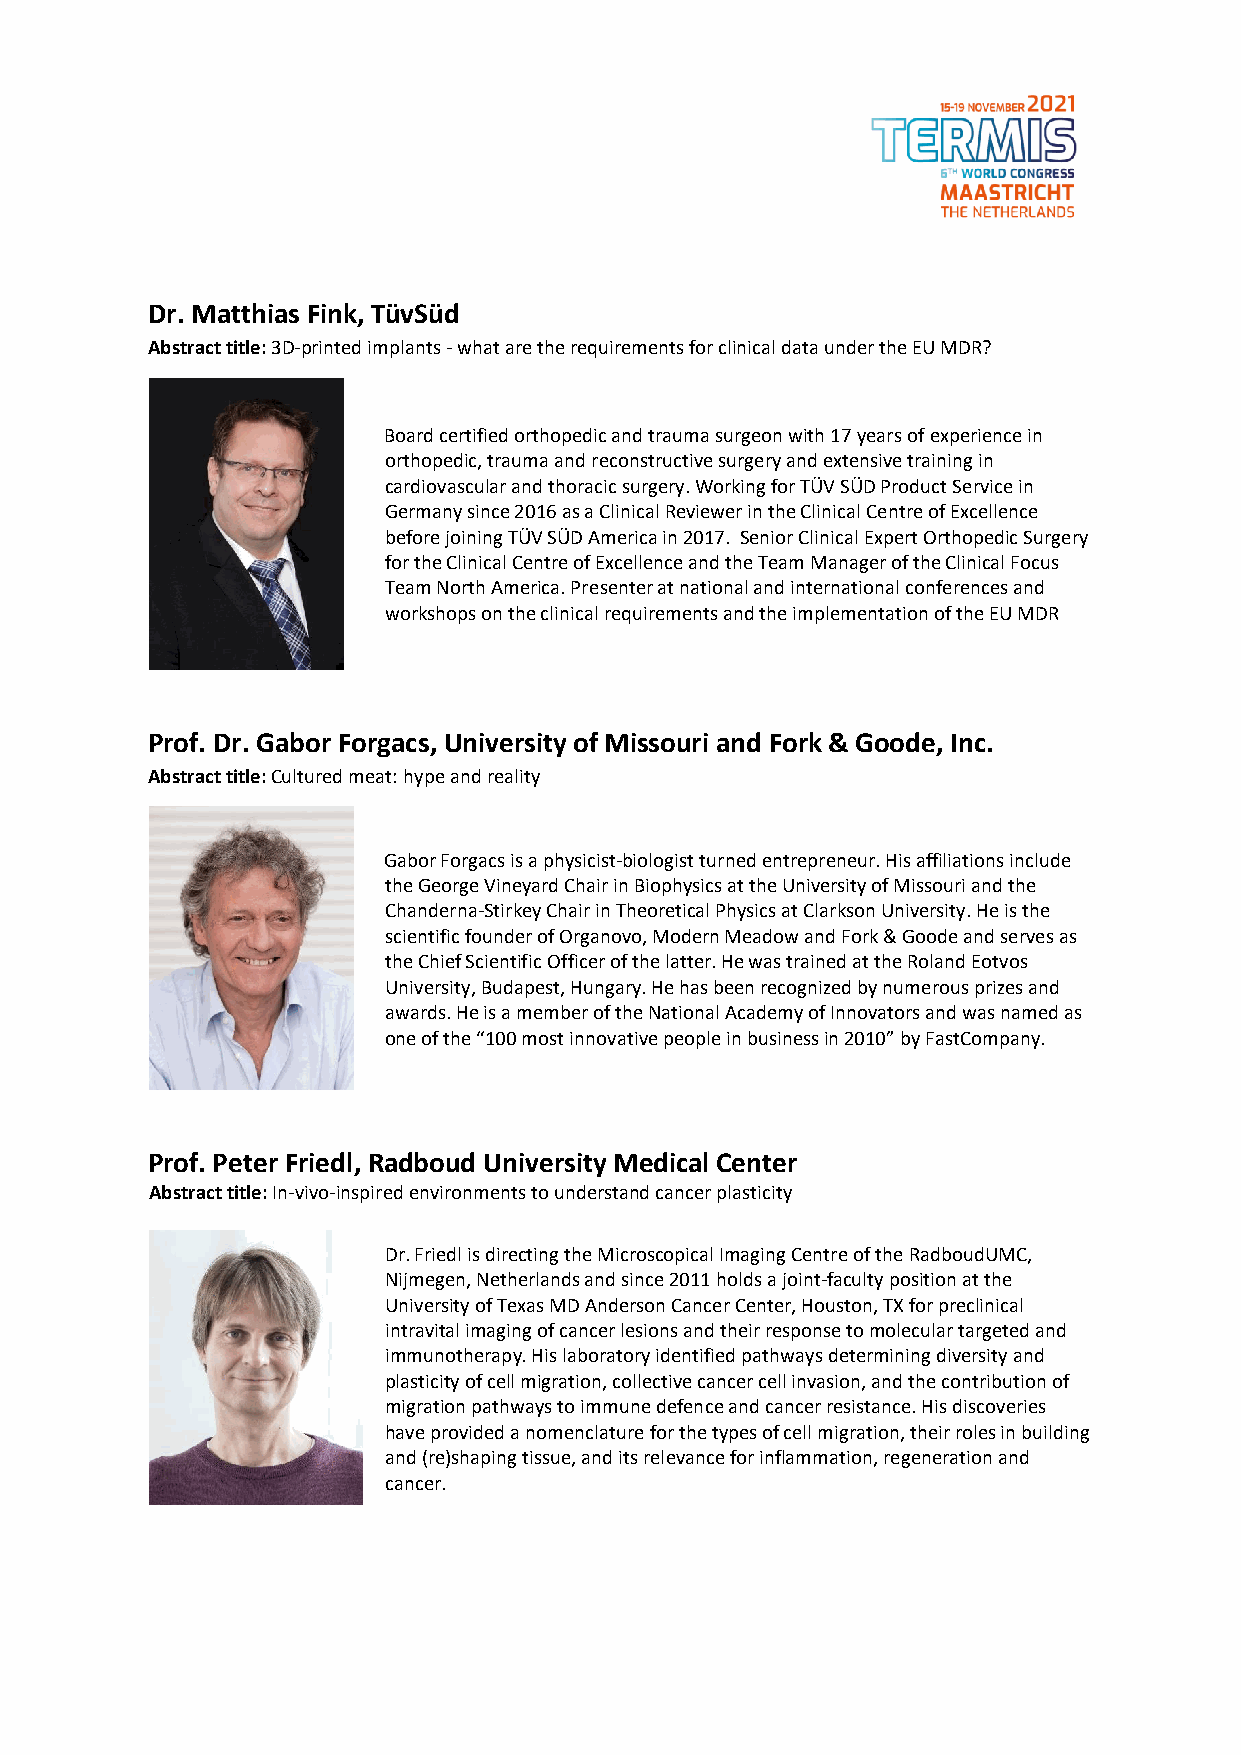
Dr. Matthias Fink, TüvSüd
 Abstract title: 3D-printed implants - what are the requirements for clinical data under the EU MDR?
 Board certified orthopedic and trauma surgeon with 17 years of experience in
 orthopedic, trauma and reconstructive surgery and extensive training in
 cardiovascular and thoracic surgery. Working for TÜV SÜD Product Service in
 Germany since 2016 as a Clinical Reviewer in the Clinical Centre of Excellence
 before joining TÜV SÜD America in 2017. Senior Clinical Expert Orthopedic Surgery
 for the Clinical Centre of Excellence and the Team Manager of the Clinical Focus
 Team North America. Presenter at national and international conferences and
 workshops on the clinical requirements and the implementation of the EU MDR
 Prof. Dr. Gabor Forgacs, University of Missouri and Fork & Goode, Inc.
 Abstract title: Cultured meat: hype and reality
 Gabor Forgacs is a physicist-biologist turned entrepreneur. His affiliations include
 the George Vineyard Chair in Biophysics at the University of Missouri and the
 Chanderna-Stirkey Chair in Theoretical Physics at Clarkson University. He is the
 scientific founder of Organovo, Modern Meadow and Fork & Goode and serves as
 the Chief Scientific Officer of the latter. He was trained at the Roland Eotvos
 University, Budapest, Hungary. He has been recognized by numerous prizes and
 awards. He is a member of the National Academy of Innovators and was named as
 one of the “100 most innovative people in business in 2010” by FastCompany.
 Prof. Peter Friedl, Radboud University Medical Center
 Abstract title: In-vivo-inspired environments to understand cancer plasticity
 Dr. Friedl is directing the Microscopical Imaging Centre of the RadboudUMC,
 Nijmegen, Netherlands and since 2011 holds a joint-faculty position at the
 University of Texas MD Anderson Cancer Center, Houston, TX for preclinical
 intravital imaging of cancer lesions and their response to molecular targeted and
 immunotherapy. His laboratory identified pathways determining diversity and
 plasticity of cell migration, collective cancer cell invasion, and the contribution of
 migration pathways to immune defence and cancer resistance. His discoveries
 have provided a nomenclature for the types of cell migration, their roles in building
 and (re)shaping tissue, and its relevance for inflammation, regeneration and
 cancer.